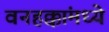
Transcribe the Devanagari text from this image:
वनहक्कांमध्ये